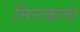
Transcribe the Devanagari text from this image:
मिन्स्कला